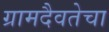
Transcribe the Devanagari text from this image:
ग्रामदैवतेचा